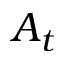
A _ { t }